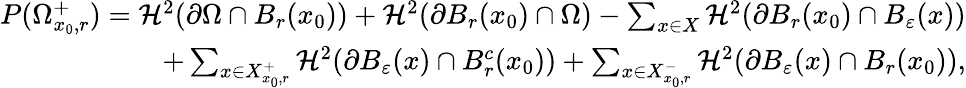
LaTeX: \begin{array}{r}{P(\Omega_{x_{0},r}^{+})=\mathcal H^{2}(\partial\Omega\cap B_{r}(x_{0}))+\mathcal H^{2}(\partial B_{r}(x_{0})\cap\Omega)-\sum_{x\in X}\mathcal H^{2}(\partial B_{r}(x_{0})\cap B_{\varepsilon}(x))}\\ {+\sum_{x\in X_{x_{0},r}^{+}}\mathcal H^{2}(\partial B_{\varepsilon}(x)\cap B_{r}^{c}(x_{0}))+\sum_{x\in X_{x_{0},r}^{-}}\mathcal H^{2}(\partial B_{\varepsilon}(x)\cap B_{r}(x_{0})),}\end{array}